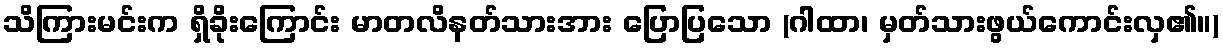
သိကြားမင်းက ရှိခိုးကြောင်း မာတလိနတ်သားအား ပြောပြသော (ဂါထာ၊ မှတ်သားဖွယ်ကောင်းလှ၏။)